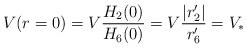
LaTeX: \begin{align*}V(r=0)=V{H_2(0)\over H_6(0)}=V{|r_2'|\over r'_6}=V_*\end{align*}